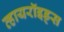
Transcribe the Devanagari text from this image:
व्हायरॉइड्स